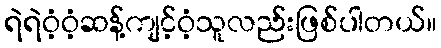
ရဲရဲဝံ့ဝံ့ဆန့်ကျင့်ဝံ့သူလည်းဖြစ်ပါတယ်။